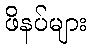
ဖိနပ်များ